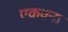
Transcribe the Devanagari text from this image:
एकवना